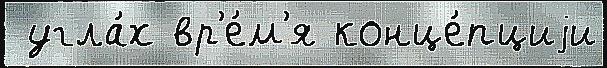
 угла́х вр'е́м'я конце́пциjи